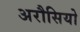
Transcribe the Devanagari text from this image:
अरौसियो